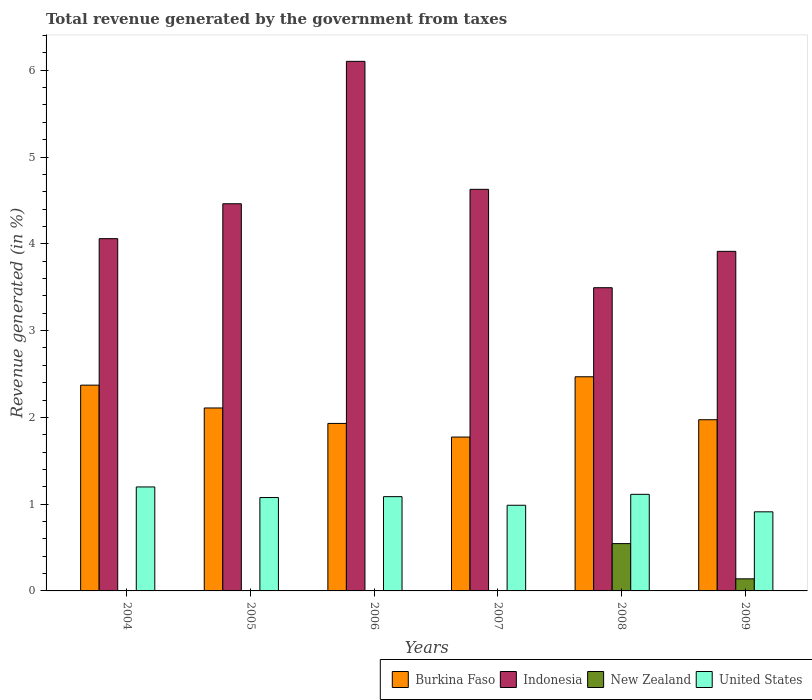
| Years | Burkina Faso | Indonesia | New Zealand | United States |
 | --- | --- | --- | --- | --- |
 | 2004 | 2.37 | 4.06 | 0.0044 | 1.2 |
 | 2005 | 2.11 | 4.46 | 0.00394 | 1.08 |
 | 2006 | 1.93 | 6.1 | 0.0047 | 1.09 |
 | 2007 | 1.77 | 4.63 | 0.00304 | 0.987 |
 | 2008 | 2.47 | 3.49 | 0.545 | 1.11 |
 | 2009 | 1.97 | 3.91 | 0.139 | 0.911 |